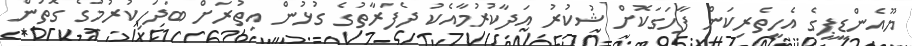
ޔޫއެންޑީޕީގެ އެހީތެރިކަން ފާހަގަކޮށް ޝުކުރު އަދާކުރުމާއެކު ދެފަރާތުގެ ގުޅުން އިތުރަށް ބަދަހިކުރުމުގެ ގޮތުން